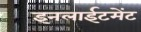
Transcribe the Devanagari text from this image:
इनलाईटमेंट